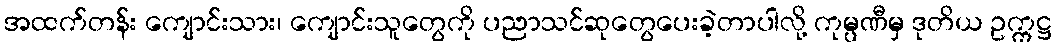
အထက်တန်း ကျောင်းသား၊ ကျောင်းသူတွေကို ပညာသင်ဆုတွေပေးခဲ့တာပါလို့ ကုမ္ပဏီမှ ဒုတိယ ဥက္ကဋ္ဌ